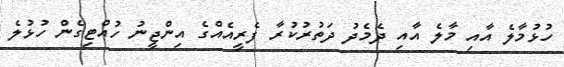
ހުޅުމާލެ އާއި މާލެ އާއި ދެމެދު ދަތުރުކުރާ ފެރީއެއްގެ އިންޖީނު ހުއްޓިގެން ހުޅުލެ